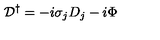
{ \cal D } ^ { \dagger } = - i \sigma _ { j } D _ { j } - i \Phi